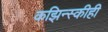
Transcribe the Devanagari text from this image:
कझिन्स्कीही